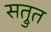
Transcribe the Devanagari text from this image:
सत्रुत